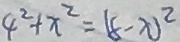
4 ^ { 2 } + x ^ { 2 } = ( 8 - x ) ^ { 2 }